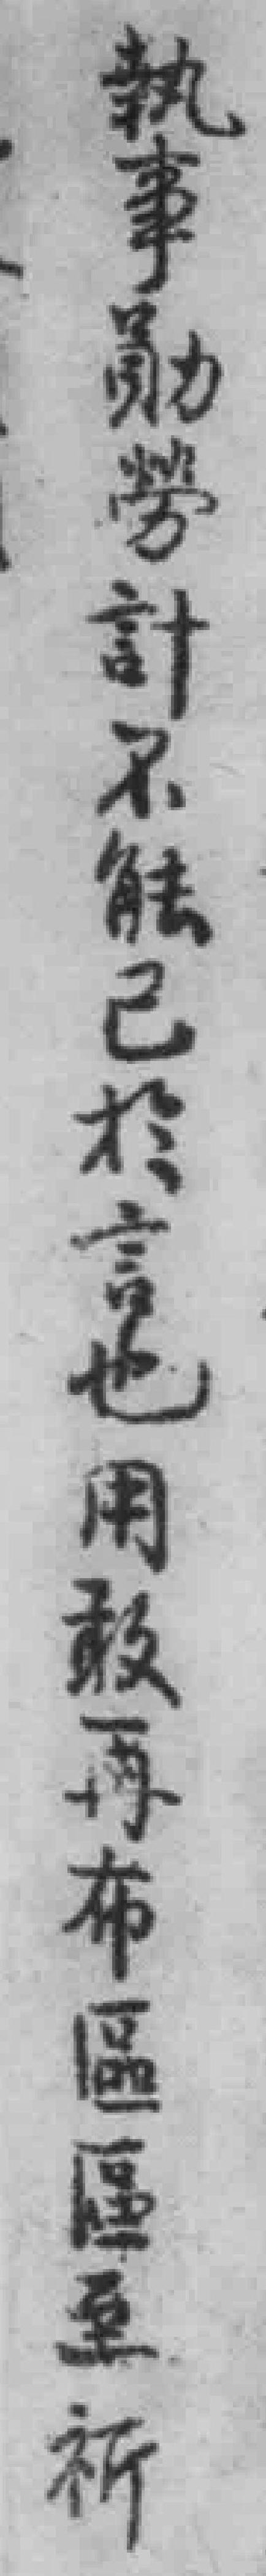
執事勛勞計不能已於言也用敢再布區區至祈